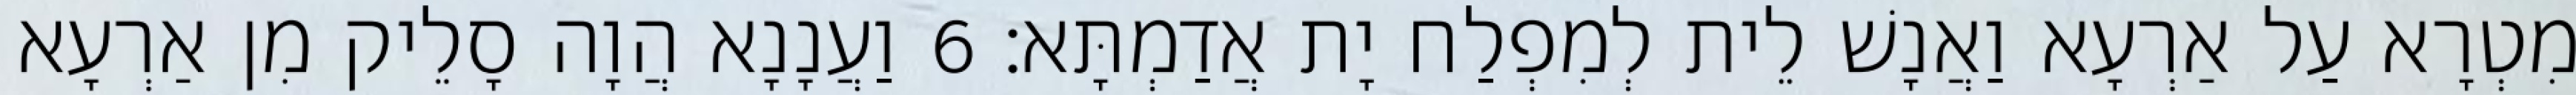
מִטְרָא עַל אַרְעָא וַאֲנָשׁ לֵית לְמִפְלַח יָת אֲדַמְתָּא׃ 6 וַעֲנָנָא הֲוָה סָלֵיק מִן אַרְעָא